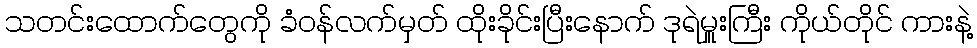
သတင်းထောက်တွေကို ခံဝန်လက်မှတ် ထိုးခိုင်းပြီးနောက် ဒုရဲမှူးကြီး ကိုယ်တိုင် ကားနဲ့